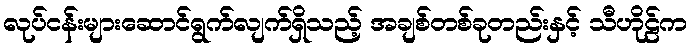
လုပ်ငန်းများဆောင်ရွက်လျက်ရှိသည့် အချစ်တစ်ခုတည်းနှင့် သီဟိုဠ်က